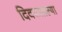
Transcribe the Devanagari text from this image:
दिवसातल्या